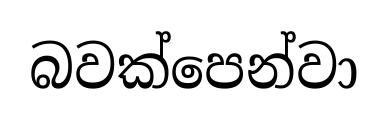
බවක්පෙන්වා